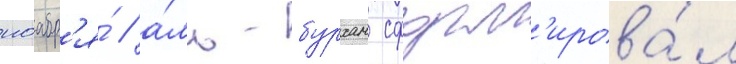
ноабр'я́ / а́ль-бурхан сформ'ирова́л